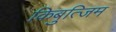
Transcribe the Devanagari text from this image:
किबुत्जिम